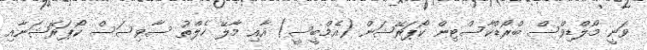
ވަނީ މޯލްޑިވްސް ބްރޯޑްކާސްޓިން ކޯޕަރޭޝަން (އެމްބީސީ) އާއި މާލޭ ހެލްތު ސާވިސަސް ކޯޕަރޭޝަނާއި